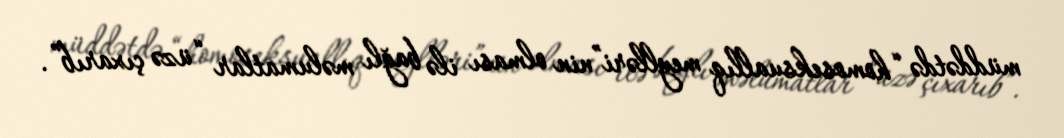
müddətdə “homoseksuallıq meylləri”nin olması ilə bağlı məlumatlar “üzə çıxarıb”.